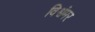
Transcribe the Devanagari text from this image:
विश्वंमर